system: You are a helpful assistant.
user:
Analyze the provided spectrum to determine if it is a **White Dwarf (WD)**.

A White Dwarf spectrum is defined by its **extreme purity** (due to gravitational settling) and/or **extreme pressure broadening** (due to high surface gravity). You must check for one of the following mutually exclusive signatures:

- **Key Visual Indicators (Check for ONE of these types):**

    - **1. DA-Type Signature (Most Common):**
        - **(Primary Feature):** Extreme pressure broadening (Stark broadening) of the **Hydrogen (H) Balmer lines**.
        - **(Key Lines):** $H\beta$ (approx. $4861$ Å) and $H\gamma$ (approx. $4340$ Å). $H\alpha$ (approx. $6563$ Å) will also be present if the wavelength range covers it.
        - **(Line Profile):** This is the **defining feature**. The lines are **NOT** sharp. They appear as massive, **extremely broad and deep "troughs" or "dips"** in the spectrum, often hundreds of Ångströms wide. The continuum will appear to "scoop" down at these wavelengths.
        - **(Distinction):** Normal A-type or B-type stars have *narrow* and *sharp* Hydrogen lines. A DA White Dwarf's lines are unmistakably "smeared" or "blurry" from pressure.

    - **2. DB-Type Signature:**
        - **(Primary Feature):** Broad absorption lines from **Neutral Helium (He I)**. The spectrum must lack any visible Hydrogen lines.
        - **(Key Lines):** Look for broad absorption near $4471$ Å, $4921$ Å, and $5876$ Å.
        - **(Line Profile):** These lines are also significantly pressure-broadened, appearing much wider than they would in a normal B-type main-sequence star.

    - **3. DC-Type Signature:**
        - **(Primary Feature):** A **featureless continuous spectrum**.
        - **(Line Profile):** The spectrum is a smooth curve with **no significant absorption or emission lines**.
        - **(Key Confirmation):** The continuum is almost always **blue or white**, indicating a hot object. This signature implies the atmosphere is so pure (or so cool) that no spectral lines are visible in the optical range. Its WD identity is confirmed by its extremely low intrinsic brightness (high absolute magnitude).

    - **4. DZ-Type Signature (Metal-Polluted):**
        - **(Primary Feature):** **Isolated, narrow metal absorption lines** on an otherwise featureless (DC-like) continuum.
        - **(Key Lines):** The **Calcium (Ca II) H & K doublet** (approx. **$3934$ Å** and **$3968$ Å**) is the most common and defining feature.
        - **(Line Profile):** These lines are "out of place." They are *not* part of a "forest" of thousands of lines. This signature is evidence of recent *accretion* (pollution) from rocky debris.
        - **(Distinction):** Normal G/K/M stars have a *dense forest* of thousands of metal lines. A DZ has a *clean* continuum with *only a few* strong metal lines.

    - **5. DQ-Type Signature (Carbon-Polluted):**
        - **(Primary Feature):** Absorption bands from **Carbon (C₂ "Swan Bands" or atomic C I)**.
        - **(Key Lines - C₂):** Look for bandheads with a "saw-tooth" shape near $5635$ Å, **$5165$ Å** (strongest), and $4737$ Å.
        - **(Key Confirmation):** The underlying **continuum must be blue or white** (hot).
        - **(Distinction):** This is the critical difference from a **Carbon Star**, which has the *exact same* C₂ bands but on an extremely **red, cool** continuum.

- **(Overall Spectrum):**
    - The continuum (overall shape) is typically **blue-sloping** (brighter in the blue than the red), as most white dwarfs are very hot.
    - The spectrum will look "pure" or "simple," dominated by only *one* of the five signatures listed above.

Think first, call **spectral_visualization_tool** if needed to examine features in detail, then provide your final answer. Your response must adhere to the following strict rules:
1.  **Overall Structure:** Your response must follow the format `<think>...</think> <tool_call>...</tool_call> (if a tool is used) <answer>...</answer>`.
2.  **Tool Usage Constraint:** You may only make **one** tool call per turn.
3.  **Final Answer Format:** In the `<answer>` tag, your conclusion must be inside a `\boxed{}` command (e.g., `\boxed{YES}` or `\boxed{NO}`), followed by your justification.

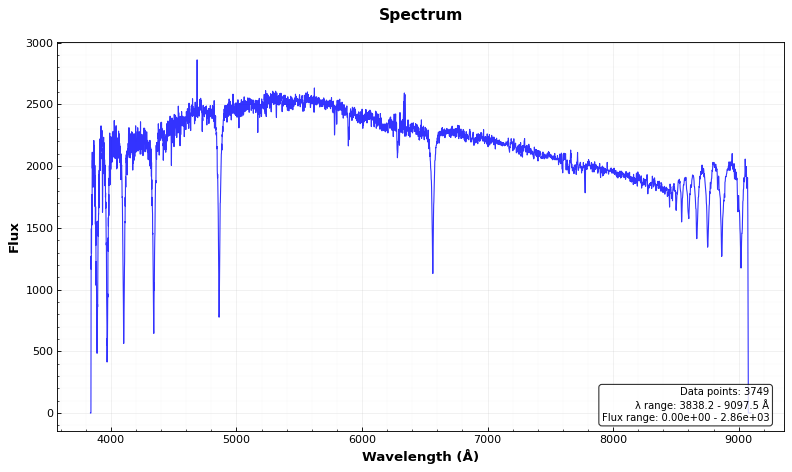
Answer: NO